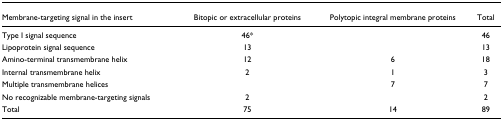
<table><thead><tr><td><b>Membrane-targeting signal in the insert</b></td><td><b>Bitopic or extracellular proteins</b></td><td><b>Polytopic integral membrane proteins</b></td><td><b>Total</b></td></tr></thead><tbody><tr><td>Type I signal sequence</td><td>46*</td><td></td><td>46</td></tr><tr><td>Lipoprotein signal sequence</td><td>13</td><td></td><td>13</td></tr><tr><td>Amino-terminal transmembrane helix</td><td>12</td><td>6</td><td>18</td></tr><tr><td>Internal transmembrane helix</td><td>2</td><td>1</td><td>3</td></tr><tr><td>Multiple transmembrane helices</td><td></td><td>7</td><td>7</td></tr><tr><td>No recognizable membrane-targeting signals</td><td>2</td><td></td><td>2</td></tr><tr><td>Total</td><td>75</td><td>14</td><td>89</td></tr></tbody></table>